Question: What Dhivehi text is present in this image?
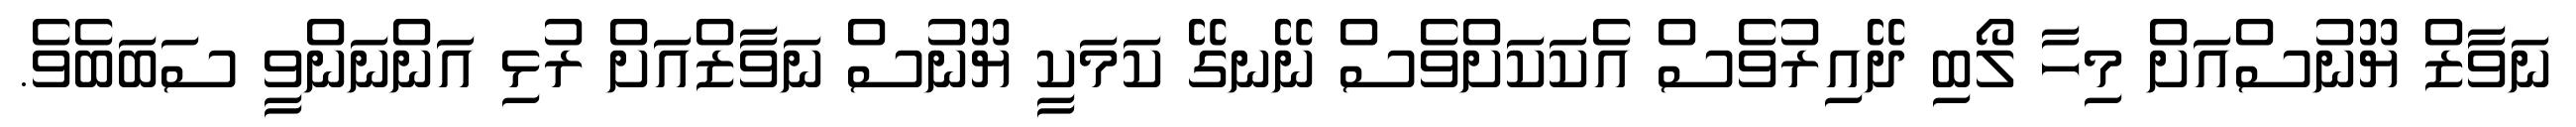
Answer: ނަވާޒް ޔޫނުސްއަށް މިހާ ލޯބި ދޭއިރުވެސް އެކަކަށްވެސް ނޭނގޭ ކަމަކީ ޔޫނުސް ނަވާޒްއަށް ރުޅި އަންނަންވީ ސަބަބެވެ.